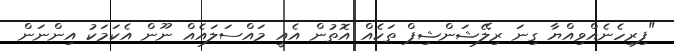
"ފިރިހެނެއްވިއްޔާ ގިނަ ރިލޭޝަންޝިޕް ތަކެއް އޮތުން އެއީ މައްސަލައެއް ނޫން އެކަމަކު އިންނަން